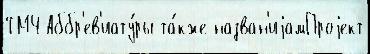
ТМЧ Аббр'ев'иату́ры та́кже назван'иjамПроjект